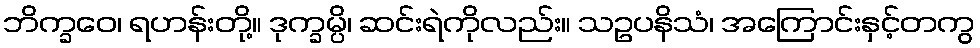
ဘိက္ခဝေ၊ ရဟန်းတို့။ ဒုက္ခမ္ပိ၊ ဆင်းရဲကိုလည်း။ သဥပနိသံ၊ အကြောင်းနှင့်တကွ